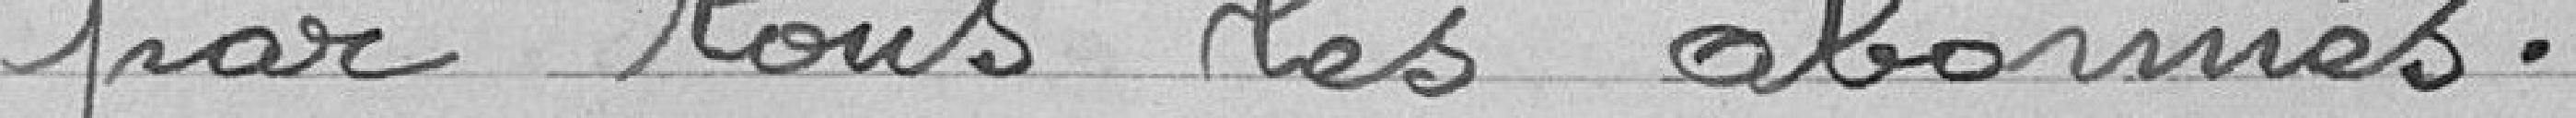
par tous les abonnés